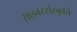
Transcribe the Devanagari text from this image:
साइबरसंस्कृति